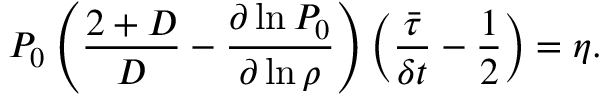
P _ { 0 } \left( \frac { 2 + D } { D } - \frac { \partial \ln P _ { 0 } } { \partial \ln \rho } \right) \left( \frac { \bar { \tau } } { \delta t } - \frac { 1 } { 2 } \right) = \eta .